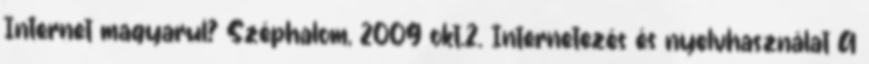
Internet magyarul? Széphalom, 2009 okt.2. Internetezés és nyelvhasználat A